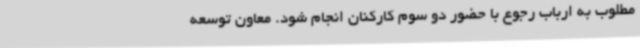
مطلوب به ارباب رجوع با حضور دو سوم کارکنان انجام شود. معاون توسعه